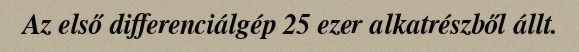
Az első differenciálgép 25 ezer alkatrészből állt.